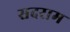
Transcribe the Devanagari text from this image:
सदराम